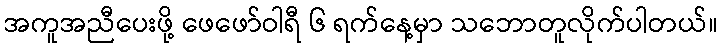
အကူအညီပေးဖို့ ဖေဖော်ဝါရီ ၆ ရက်နေ့မှာ သဘောတူလိုက်ပါတယ်။